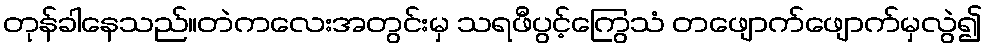
တုန်ခါနေသည်။တဲကလေးအတွင်းမှ သရဖီပွင့်ကြွေသံ တဖျောက်ဖျောက်မှလွဲ၍